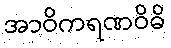
အာဝိကရဏဝိဓိ